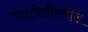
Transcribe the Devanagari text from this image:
चेतापेशींमधील